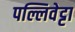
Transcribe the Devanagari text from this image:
पल्लिवेट्टा